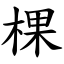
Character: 棵